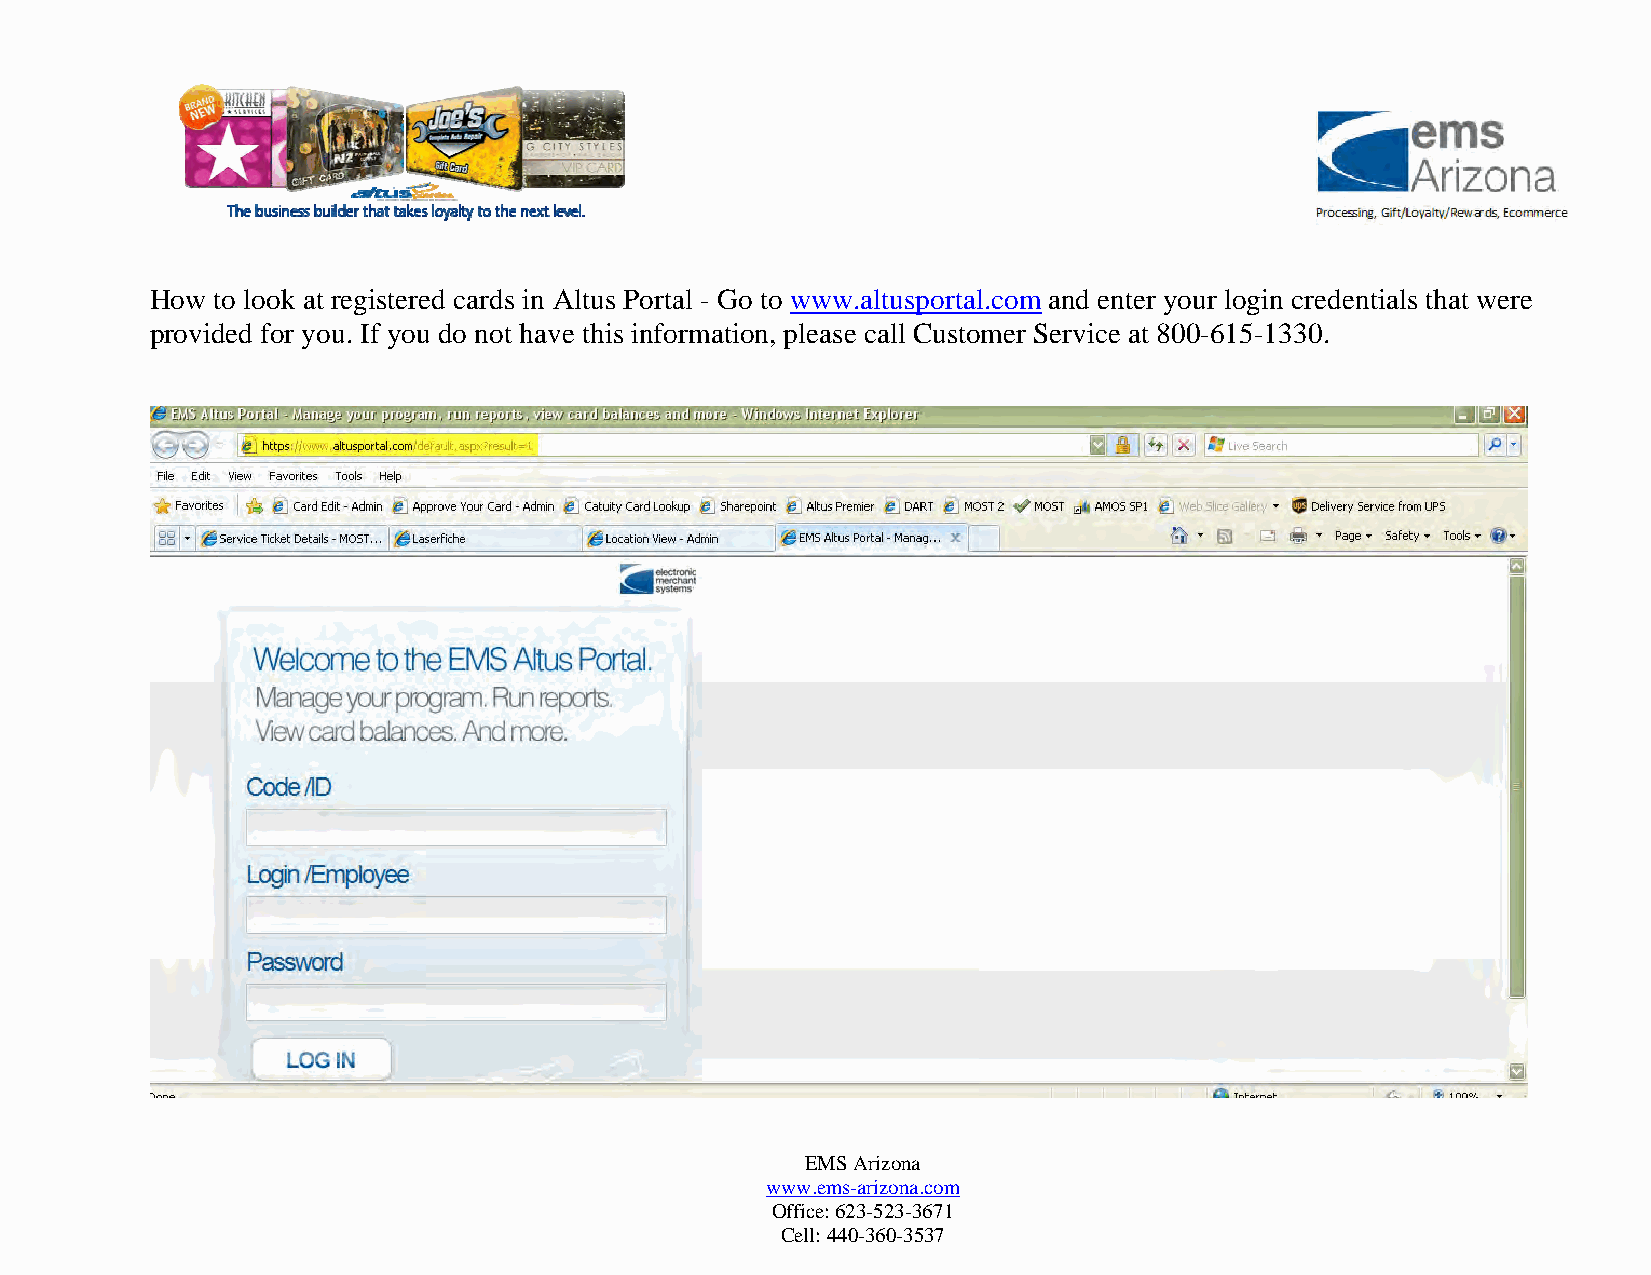
How to look at registered cards in Altus Portal - Go to www.altusportal.com and enter your login credentials that were
 provided for you. If you do not have this information, please call Customer Service at 800-615-1330.
 EMS Arizona
 www.ems-arizona.com
 Office: 623-523-3671
 Cell: 440-360-3537